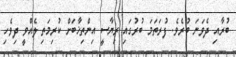
ބުރާއި ދެވަނަ ބުރެވެ. ފުރަތަމަ ބުރުގައި ރިޔާސީ އިންތިޚާބަށް ކުރިމަތި ލެއްވީ ދިވެހި